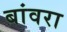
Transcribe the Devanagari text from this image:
बांवरा